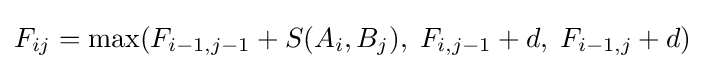
F_{ij}=\max(F_{i-1,j-1}+S(A_{i},B_{j}),\;F_{i,j-1}+d,\;F_{i-1,j}+d)